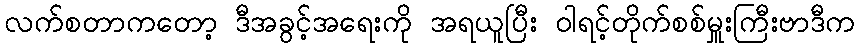
လက်စတာကတော့ ဒီအခွင့်အရေးကို အရယူပြီး ၀ါရင့်တိုက်စစ်မှူးကြီးဗာဒီက